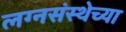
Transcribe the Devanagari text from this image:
लग्नसंस्थेच्या